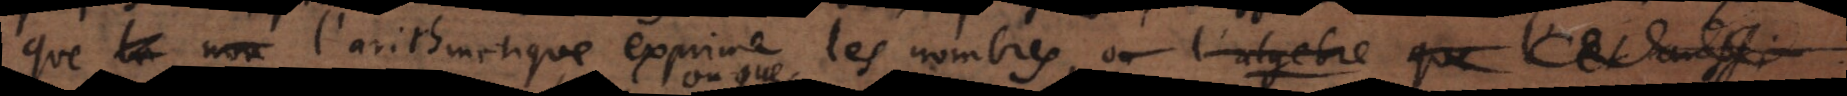
que l’arithmetique exprime les nombres, ou l’algebre que l’et aussi